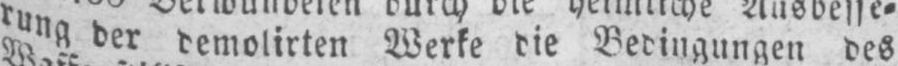
rung der demolirten Werke die Bedingungen des